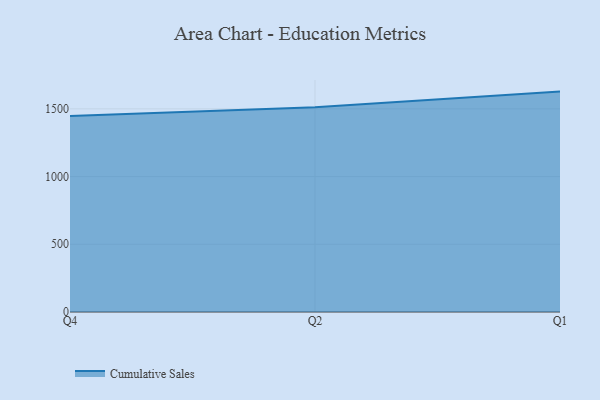
{"axis": {"x": "Quarter", "y": "Production Output"}, "legend": ["Cumulative Sales"], "data": [{"x": "Q4", "y": 1448.1, "type": "Cumulative Sales"}, {"x": "Q2", "y": 1512.1, "type": "Cumulative Sales"}, {"x": "Q1", "y": 1627.4, "type": "Cumulative Sales"}]}